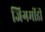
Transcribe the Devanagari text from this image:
जिगमोंडी